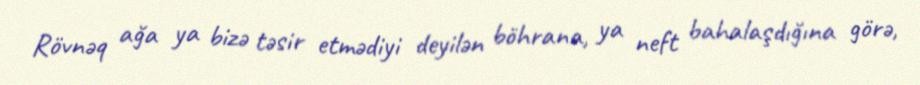
Rövnəq ağa ya bizə təsir etmədiyi deyilən böhrana, ya neft bahalaşdığına görə,